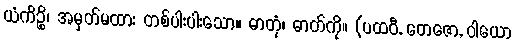
ယံကိဉ္စိ၊ အမှတ်မထား တစ်ပါးပါးသော။ ဓာတုံ၊ ဓာတ်ကို။ (ပထဝီ, တေဇော, ဝါယော